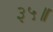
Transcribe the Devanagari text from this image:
३५॥